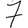
Digit: 7